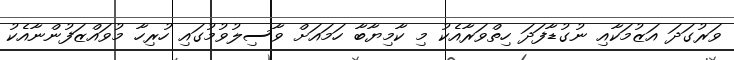
ވަރުގަދަ އަޒުމަކާއި ނުގުޑާފަދަ ހިތްވަރާއެކު މި ކާމިޔާބާ ހަމައަށް ވާސިލުވުމުގައި ހުރިހާ މުވައްޒަފުންނާއެކު